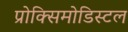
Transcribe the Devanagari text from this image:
प्रोक्सिमोडिस्टल